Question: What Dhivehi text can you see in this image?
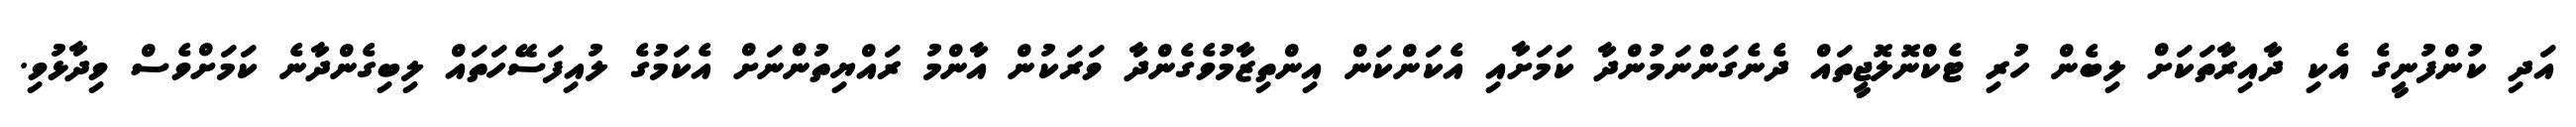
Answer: އަދި ކުންފުނީގެ އެކި ދާއިރާތަކަށް ލިބެން ހުރި ޓެކްނޮލޮޖީތައް ދެނެގަންނަމުންދާ ކަމަށާއި އެކަންކަން އިންތިޒާމުވެގެންދާ ވަރަކުން އާންމު ރައްޔިތުންނަށް އެކަމުގެ ލުއިފަސޭހަތައް ލިބިގެންދާނެ ކަމަށްވެސް ވިދާޅުވި.